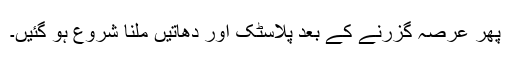
پھر عرصہ گزرنے کے بعد پلاسٹک اور دھاتیں ملنا شروع ہو گئیں۔